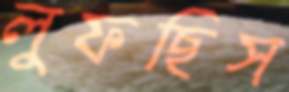
লুফছিস